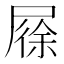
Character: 𡲰